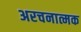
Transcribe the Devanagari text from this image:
अरचनात्मक